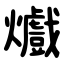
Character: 㸍